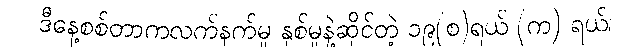
ဒီနေ့စစ်တာကလက်နက်မှု နှစ်မှုနဲ့ဆိုင်တဲ့ ၁၉(စ)ရယ် (က) ရယ်၊